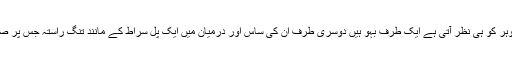
کہنے کو تو ایک نیا بندھن بنا لیکن جو خلیج بنی وہ صرف شوہر کو ہی نظر آتی ہے ایک طرف بہو ہیں دوسری طرف ان کی ساس اور درمیان میں ایک پل سراط کے مانند تنگ راستہ جس پر صبح شام چل کر شوہر ایک طرف سے دوسری طرف جاتاہے۔